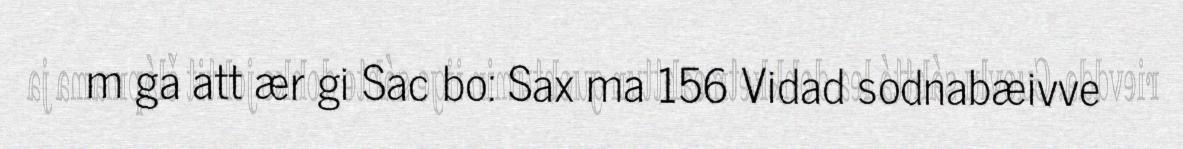
m ga att ær gi Sac bo: Sax ma 156 Vidad sodnabæivve